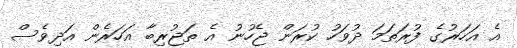
އެ އަހަރުގެ ފުރަތަމަ ދުވަހު ކުރަން ޖެހުނު އެ ތަޖުރިބާ އަހަރެން އަދިވެސް